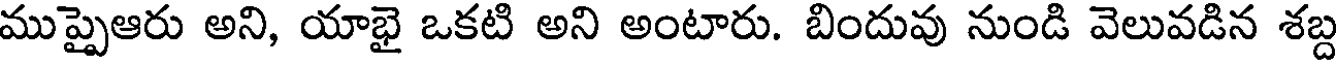
ముప్పైఆరు అని, యాభై ఒకటి అని అంటారు. బిందువు నుండి వెలువడిన శబ్ద